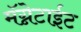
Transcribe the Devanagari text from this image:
मॅग्नेटाईट